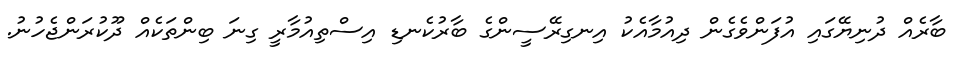
ބާރެއް ދުނިޔޭގައި އުފަންވެގެން ދިއުމާއެކު އިނގިރޭސީންގެ ބާރުކެނޑި އިސްތިއުމާރީ ގިނަ ބިންތަކެއް ދޫކުރަންޖެހުނު.